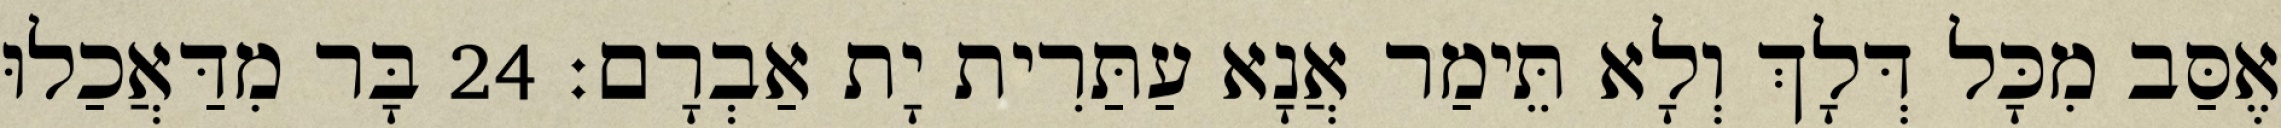
אֶסַּב מִכָּל דְּלָךְ וְלָא תֵּימַר אֲנָא עַתַּרִית יָת אַבְרָם׃ 24 בָּר מִדַּאֲכַלוּ